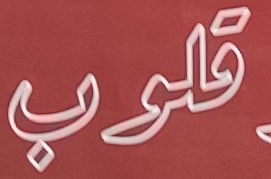
قلوب